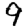
Digit: 9